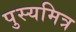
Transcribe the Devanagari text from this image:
पुस्यमित्र